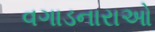
વગાડનારાઓ